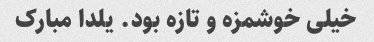
خیلی خوشمزه و تازه بود. یلدا مبارک